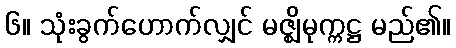
၆။ သုံးခွက်ဟောက်လျှင် မဇ္ဈိမုက္ကဋ္ဌ မည်၏။